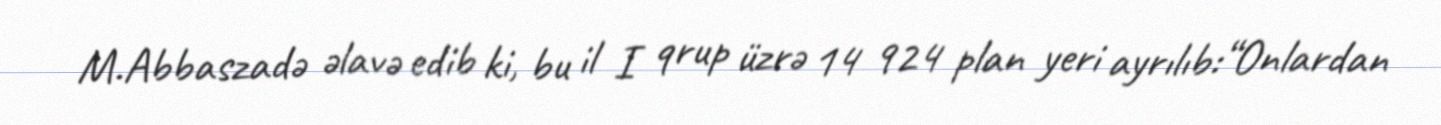
M.Abbaszadə əlavə edib ki, bu il I qrup üzrə 14 924 plan yeri ayrılıb:“Onlardan